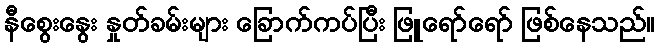
နီစွေးနွေး နှုတ်ခမ်းများ ခြောက်ကပ်ပြီး ဖြူရော်ရော် ဖြစ်နေသည်။